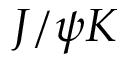
J / \psi K